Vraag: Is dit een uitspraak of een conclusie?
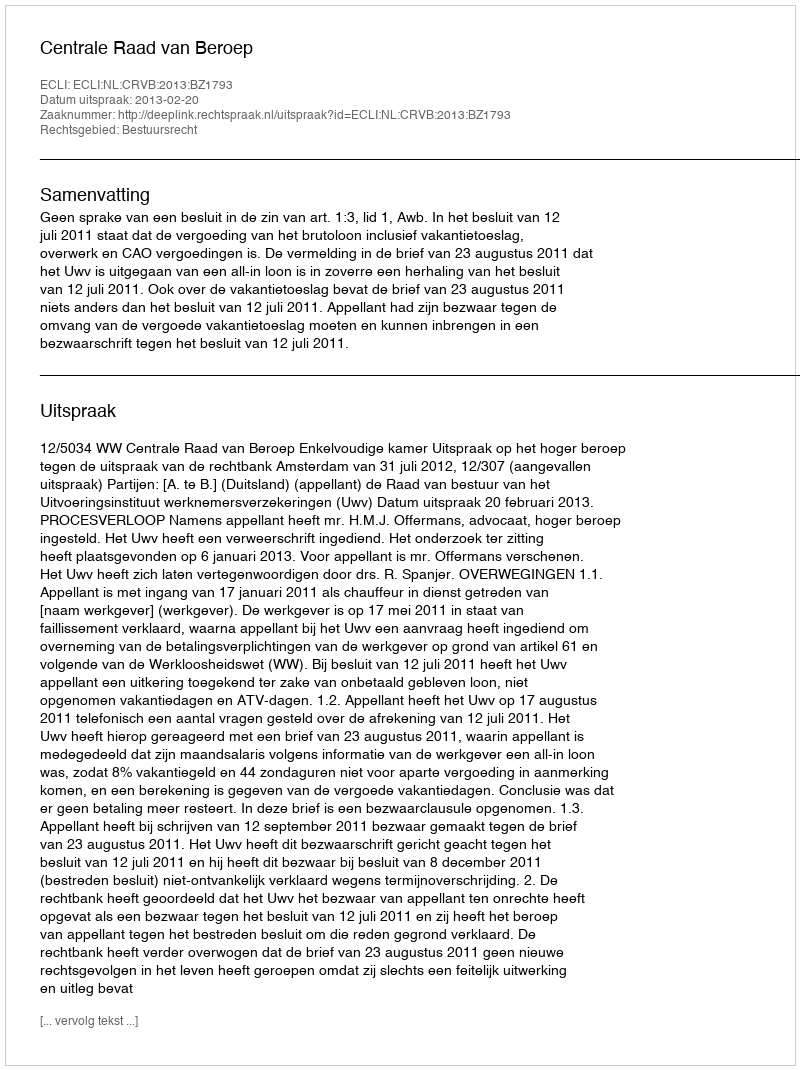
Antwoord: Uitspraak